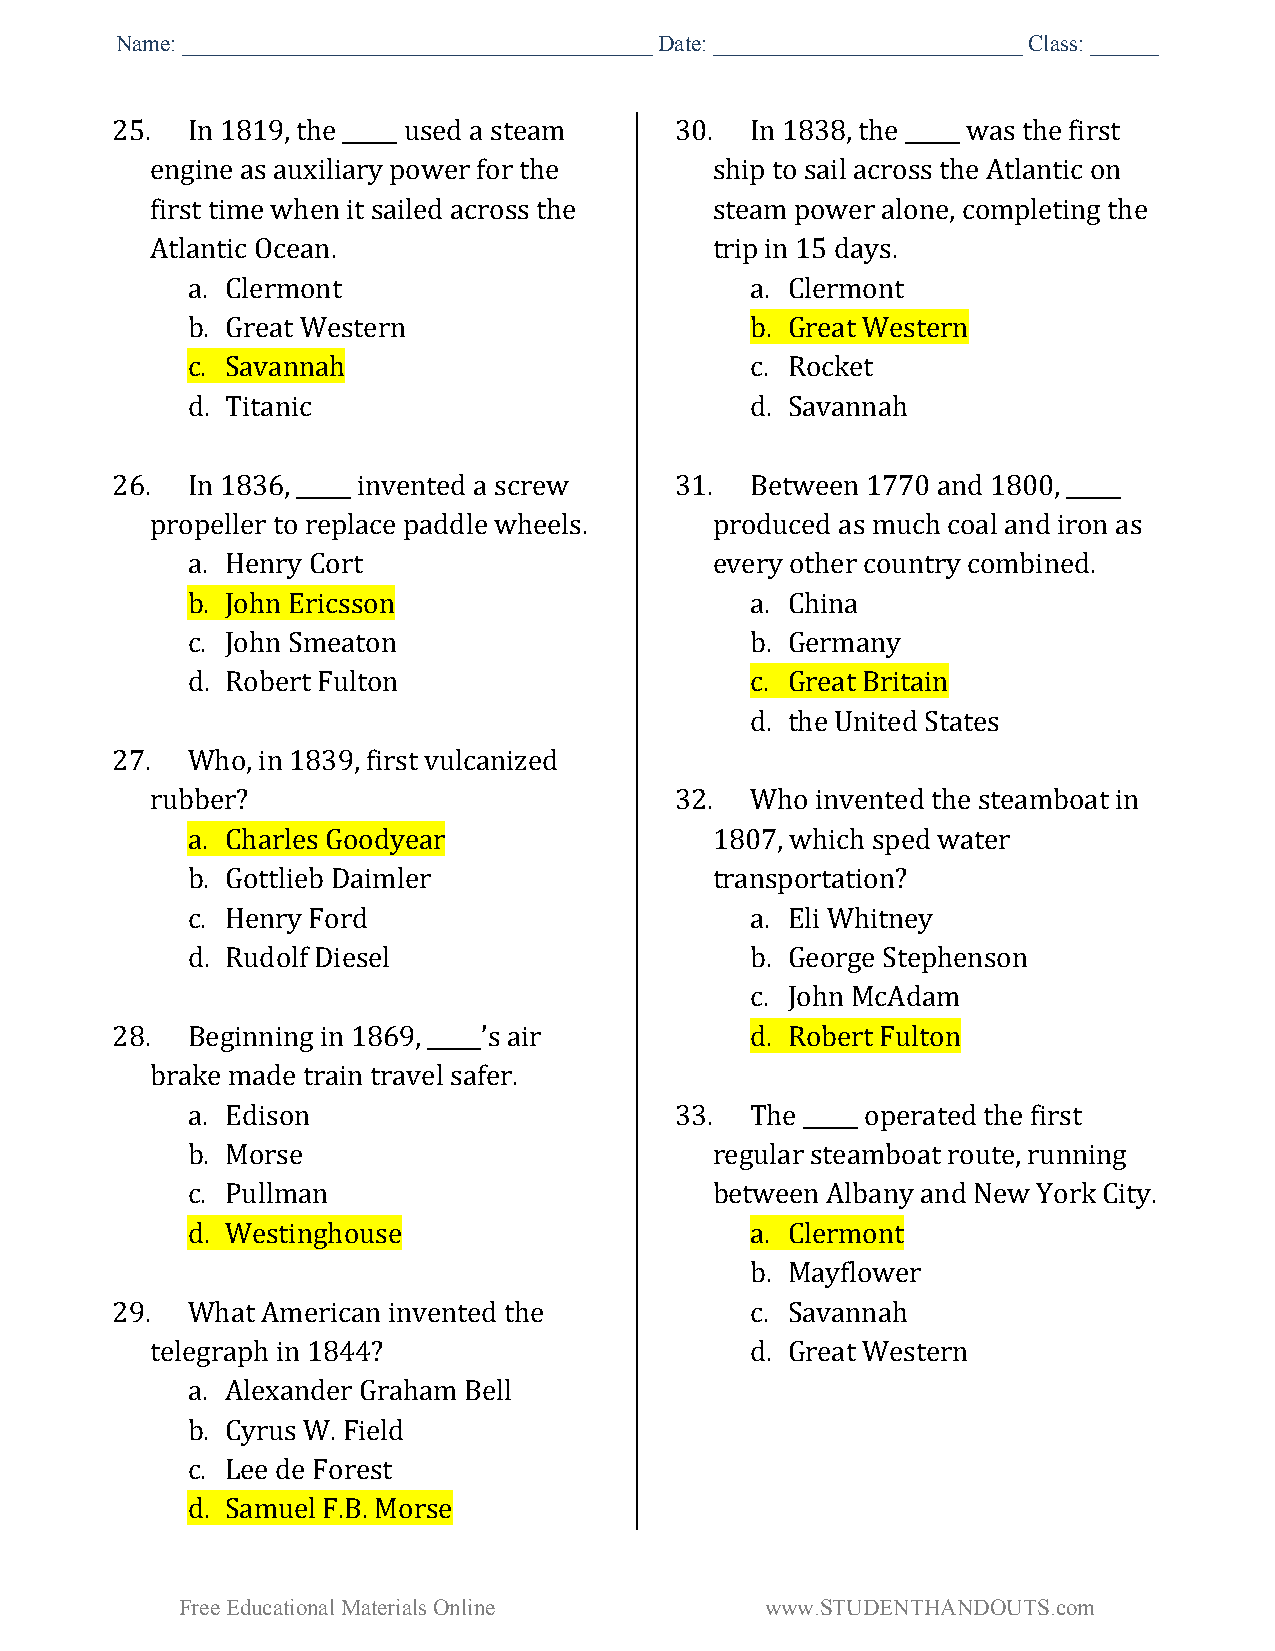
Name:_________________________________________Date:___________________________Class:______
 25.  In 1819,the _____ used a steam   30.  In 1838,the _____ was thefirst
 engine as auxiliary power for the    shipto sail across the Atlantic on
 first timewhenit sailed across the   steam power alone,completing the
 Atlantic Ocean.                      tripin 15 days.
 a. Clermont                           a. Clermont
 b. Great Western                      b. Great Western
 c. Savannah                           c. Rocket
 d. Titanic                            d. Savannah
 26.  In 1836, _____ invented a screw  31.  Between1770 and1800, _____
 propeller to replacepaddlewheels.    produced as much coal and iron as
 a. Henry Cort                      every othercountry combined.
 b. John Ericsson                      a. China
 c. John Smeaton                       b. Germany
 d. Robert Fulton                      c. Great Britain
 d. theUnitedStates
 27.  Who,in1839, first vulcanized
 rubber?                            32.  Whoinventedthe steamboat in
 a. Charles Goodyear                1807,which sped water
 b. Gottlieb Daimler                transportation?
 c. Henry Ford                         a. Eli Whitney
 d. Rudolf Diesel                      b. George Stephenson
 c. John McAdam
 28.  Beginning in1869, _____’s air         d. Robert Fulton
 brake made train travel safer.
 a. Edison                        33.  The _____ operatedthe first
 b. Morse                           regular steamboat route,running
 c. Pullman                         between Albany and New YorkCity.
 d. Westinghouse                       a. Clermont
 b. Mayflower
 29.  What Americaninventedthe              c. Savannah
 telegraph in 1844?                      d. Great Western
 a. Alexander GrahamBell
 b. CyrusW. Field
 c. Lee deForest
 d. Samuel F.B. Morse
 FreeEducationalMaterialsOnline         www.STUDENTHANDOUTS.com